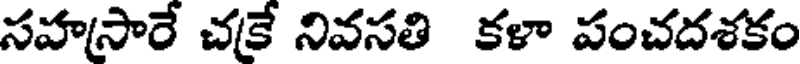
సహసారే చకే నివసతి కళా పంచదశకం